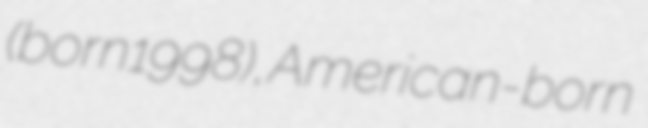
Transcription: (born 1998), American-born